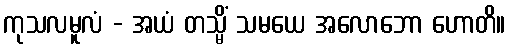
ကုသလမူလံ - အယံ တသ္မိံ သမယေ အလောဘော ဟောတိ။